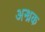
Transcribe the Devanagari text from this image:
अन्ध्रक